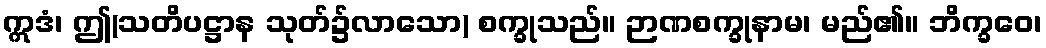
ဣဒံ၊ ဤ(သတိပဋ္ဌာန သုတ်၌လာသော) စက္ခုသည်။ ဉာဏစက္ခုနာမ၊ မည်၏။ ဘိက္ခဝေ၊